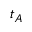
t _ { A }